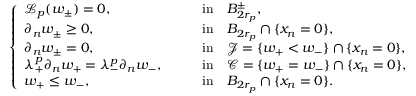
\left\{ \begin{array} { l l } { \mathcal { L } _ { p } ( w _ { \pm } ) = 0 , \qquad } & { \mathrm { i n } \quad B _ { 2 r _ { p } } ^ { \pm } , } \\ { \partial _ { n } w _ { \pm } \geq 0 , \qquad } & { \mathrm { i n } \quad B _ { 2 r _ { p } } \cap \{ x _ { n } = 0 \} , } \\ { \partial _ { n } w _ { \pm } = 0 , \qquad } & { \mathrm { i n } \quad \mathcal { J } = \{ w _ { + } < w _ { - } \} \cap \{ x _ { n } = 0 \} , } \\ { \lambda _ { + } ^ { p } \partial _ { n } w _ { + } = \lambda _ { - } ^ { p } \partial _ { n } w _ { - } , \qquad } & { \mathrm { i n } \quad \mathcal { C } = \{ w _ { + } = w _ { - } \} \cap \{ x _ { n } = 0 \} , } \\ { w _ { + } \leq w _ { - } , \quad } & { \mathrm { i n } \quad B _ { 2 r _ { p } } \cap \{ x _ { n } = 0 \} . } \end{array} \right.